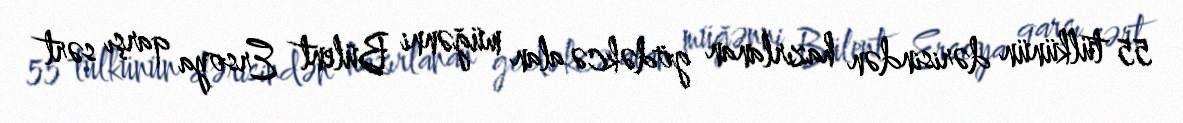
55 tülkünün dərisindən hazırlanan gödəkcə alan müğənni Bülent Ersoya qarşı sərt